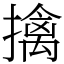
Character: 擒